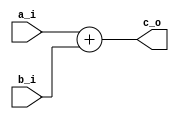
module adder #(parameter width = 32)(
	input [width-1:0]	a_i, b_i,
	output [width-1:0]	c_o
);

assign c_o = a_i + b_i;

specify
(a_i *> c_o) =  (10, 10);
(b_i *> c_o) =  (10, 10);
endspecify

endmodule